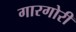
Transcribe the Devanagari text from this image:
गारगोरी